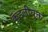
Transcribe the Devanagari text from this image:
कुंडलीयुक्त